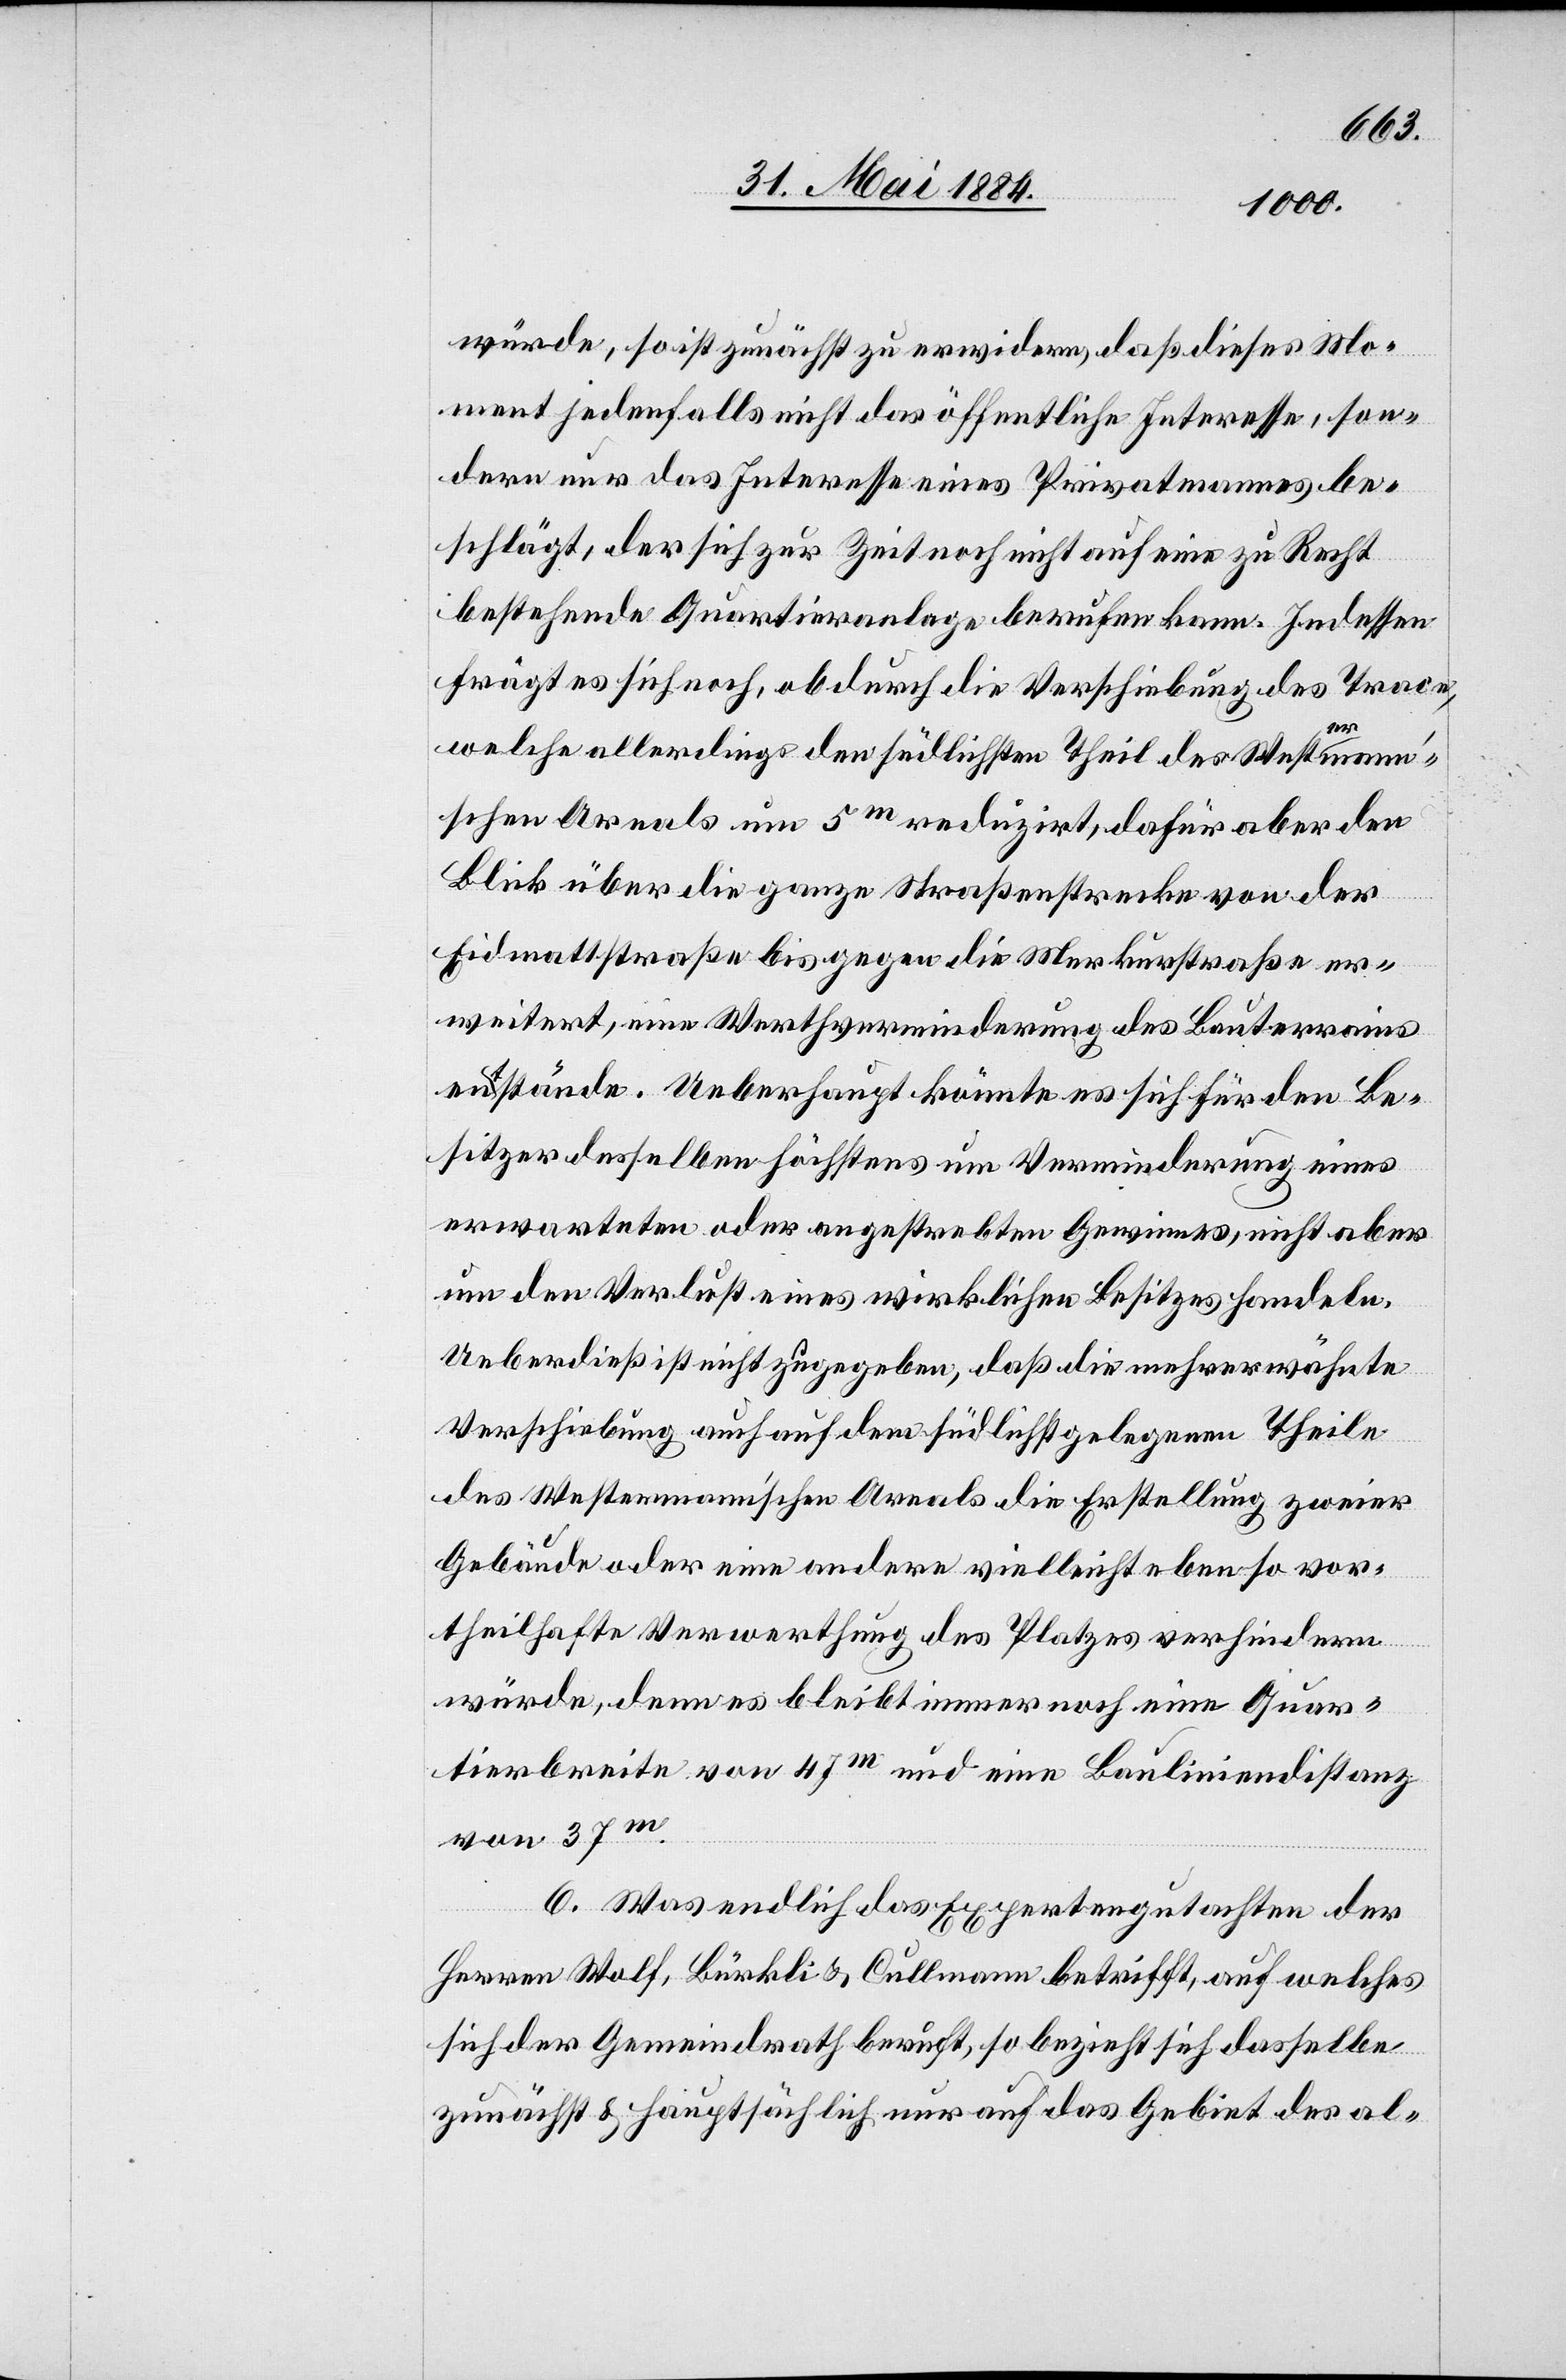
würde, so ist zunächst zu erwidern, daß dieses Mo¬
ment jedenfalls nicht das öffentliche Interesse, son¬
dern nur das Interesse eines Privatmannes be¬
schlägt, der sich zur Zeit noch nicht auf eine zu Recht
bestehende Quartieranlage berufen kann. Indessen
frägt es sich noch, ob durch die Verschiebung des Trace,
welche allerdings den südlichsten Theil des Westerman¬
n‘schen Areals um 5m reduzirt, dafür aber den
Blick über die ganze Straßenstrecke von der
Eidmattstraße bis gegen die Merkurstraße er¬
weitert, eine Werthverminderung des Bauterrains
entstände. Ueberhaupt könnte es sich für den Be¬
sitzer desselben höchstens um Verminderung eines
erwarteten oder angestrebten Gewinnes, nicht aber
um den Verlust eines wirklichen Besitzes handeln.
Ueberdieß ist nicht zugegeben, daß die mehrerwähnte
Verschiebung auch auf dem südlichst gelegenen Theile
des Westermann’schen Areals die Erstellung zweier
Gebäude oder eine andere vielleicht eben so vor¬
theilhafte Verwerthung des Platzes verhindern
würde, denn es bleibt immer noch eine Quar¬
tierbreite von 47m und eine Bauliniendistanz
von 37m.
6. Was endlich das Expertengutachten der
Herren Wolf, Bürkli & Cullmann betrifft, auf welches
sich der Gemeindrath beruft, so bezieht sich dasselbe
zunächst & hauptsächlich nur auf das Gebiet des al-